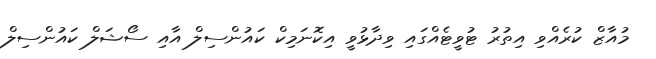
މުއާޒް ކުރެއްވި އިތުރު ޓުވީޓެއްގައި ވިދާޅުވީ އިކޮނަމިކް ކައުންސިލް އާއި ސޯޝަލް ކައުންސިލް